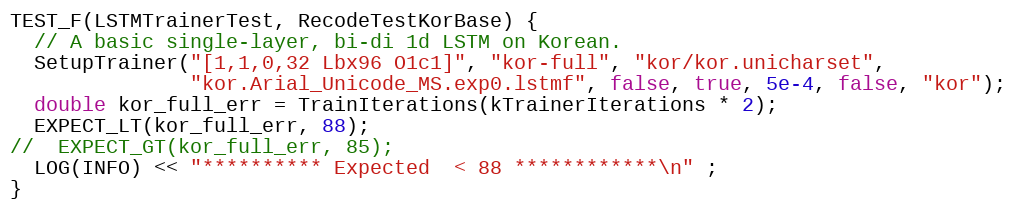
Language: C++
TEST_F(LSTMTrainerTest, RecodeTestKorBase) {
  // A basic single-layer, bi-di 1d LSTM on Korean.
  SetupTrainer("[1,1,0,32 Lbx96 O1c1]", "kor-full", "kor/kor.unicharset",
               "kor.Arial_Unicode_MS.exp0.lstmf", false, true, 5e-4, false, "kor");
  double kor_full_err = TrainIterations(kTrainerIterations * 2);
  EXPECT_LT(kor_full_err, 88);
//  EXPECT_GT(kor_full_err, 85);
  LOG(INFO) << "********** Expected  < 88 ************\n" ;
}